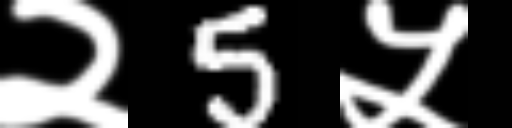
Text: २5५